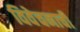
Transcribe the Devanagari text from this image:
विवेचनाची